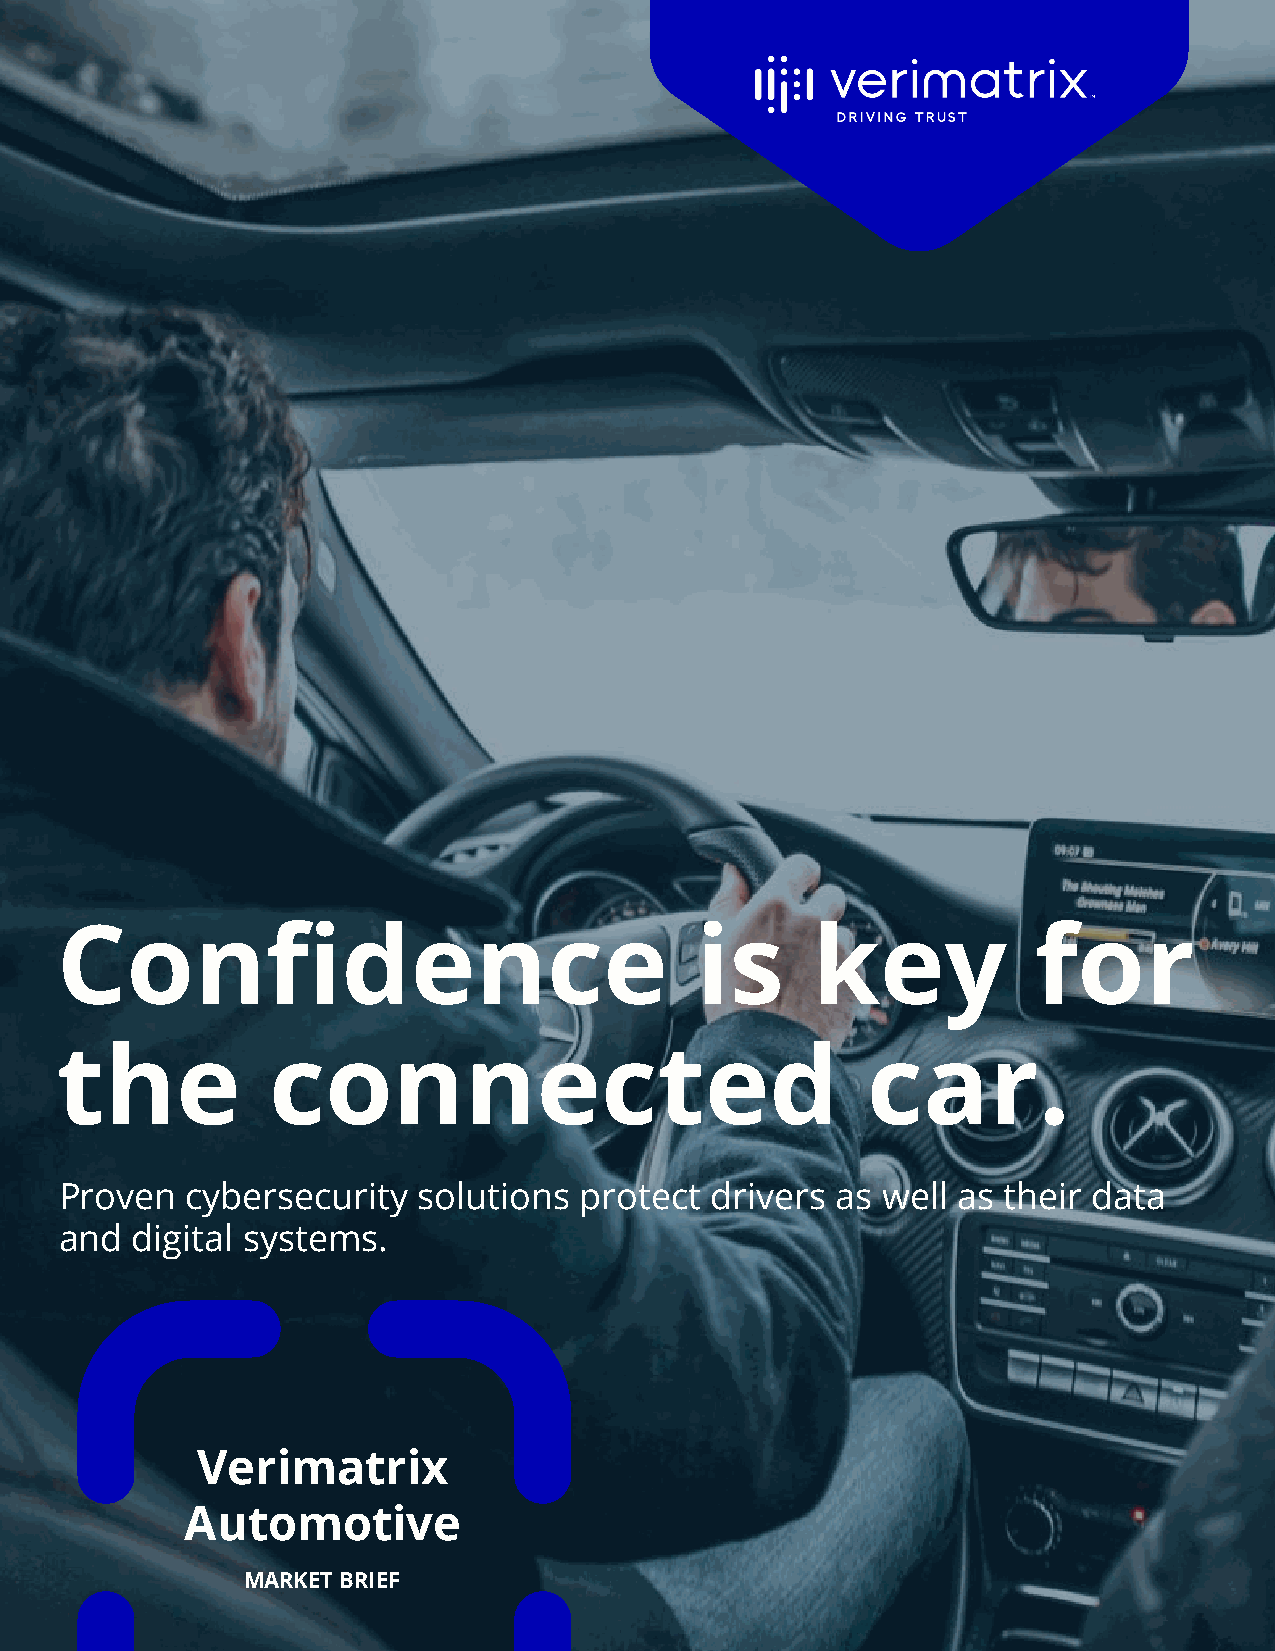
Confidence                                is      key            for
 the           connected                              car.
 Proven  cybersecurity   solutions protect  drivers as well as  their data
 and  digital systems.
 Verimatrix
 Automotive
 MARKET BRIEF